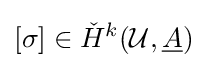
[\sigma ]\in {\check {H}}^{k}({\mathcal {U}},{\underline {A}})